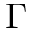
\ensuremath { \Gamma }